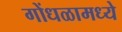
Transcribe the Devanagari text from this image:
गोंधळामध्ये